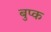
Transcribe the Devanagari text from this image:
बुप्क